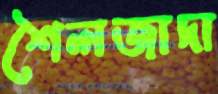
শৈলজাদা